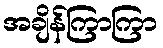
အချိန်ကြာကြာ